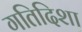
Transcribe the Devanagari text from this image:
गतिदिशा